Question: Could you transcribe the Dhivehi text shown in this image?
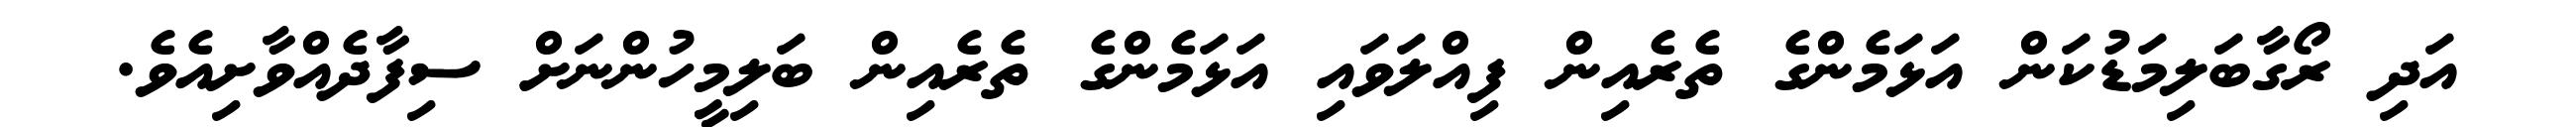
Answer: އަދި ރޯގާބަލިމަޑުކަން އަޅަމެންގެ ތެރެއިން ފިއްލަވައި އަޅަމެންގެ ތެރެއިން ބަލިމީހުންނަށް ސިފާދެއްވާށިއެވެ.